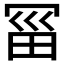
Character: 𰃱